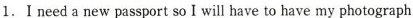
1. I need a new passport so wll have to have my photograph